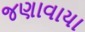
જણાવાયા